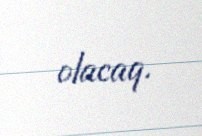
olacaq.